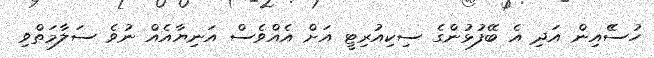
ހުސެެއިން އަދި އެ ބޭފުޅުންގެ ސިކިއުރިޓީ އަށް އެއްވެސް އަނިޔާއެއް ނުވެ ސަލާމަތްވި